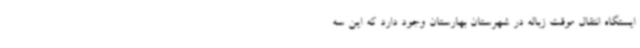
ایستگاه انتقال موقت زباله در شهرستان بهارستان وجود دارد که این سه